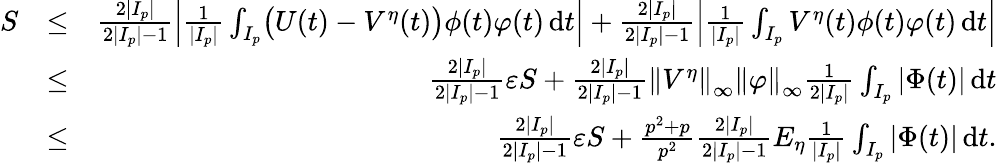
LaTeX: \begin{array}{rlr}{S}&{\leq}&{\frac{2|I_{p}|}{2|I_{p}|-1}{\left|{\frac{1}{|I_{p}|}\int_{I_{p}}\bigl(U(t)-V^{\eta}(t)\bigr)\phi(t)\varphi(t)\, \mathrm{d}t}\right|}+\frac{2|I_{p}|}{2|I_{p}|-1}{\left|{\frac{1}{|I_{p}|}\int_{I_{p}}V^{\eta}(t)\phi(t)\varphi(t)\, \mathrm{d}t}\right|}}\\ &{\leq}&{\frac{2|I_{p}|}{2|I_{p}|-1}\varepsilon S+\frac{2|I_{p}|}{2|I_{p}|-1}{\left\| {V^{\eta}}\right\| }_{\infty}{\left\| {\varphi}\right\| }_{\infty}\frac{1}{2|I_{p}|}\int_{I_{p}}|\Phi(t)|\, \mathrm{d}t}\\ &{\leq}&{\frac{2|I_{p}|}{2|I_{p}|-1}\varepsilon S+\frac{p^{2}+p}{p^{2}}\frac{2|I_{p}|}{2|I_{p}|-1}E_{\eta}\frac{1}{|I_{p}|}\int_{I_{p}}|\Phi(t)|\, \mathrm{d}t.}\end{array}